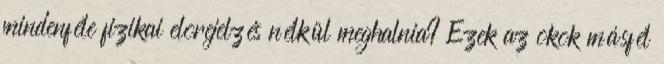
mindenféle fizikai elõrejelzés nélkül meghalnia? Ezek az okok másfél